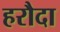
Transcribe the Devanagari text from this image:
हरौदा